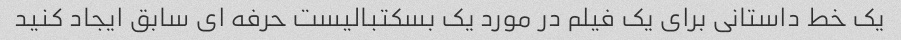
یک خط داستانی برای یک فیلم در مورد یک بسکتبالیست حرفه ای سابق ایجاد کنید